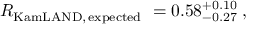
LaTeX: R _ { \mathrm { K a m L A N D , \, e x p e c t e d } } ~ = 0 . 5 8 _ { - 0 . 2 7 } ^ { + 0 . 1 0 } \; ,